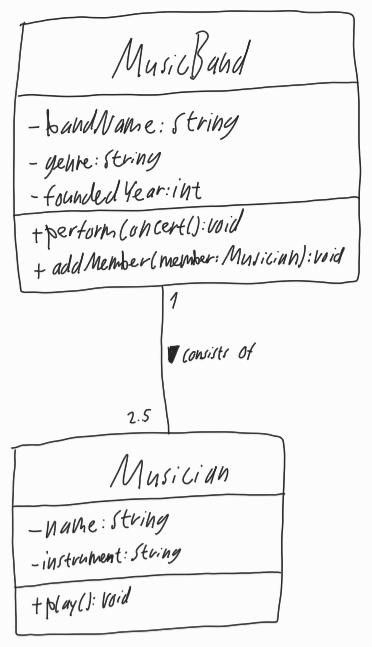
Diagram type: class_diagram
```plantuml
@startuml

class MusicBand {
  - bandName: String
  - genre: String
  - foundedYear: int
  + performConcert(): void
  + addMember(member: Musician): void
}

class Musician {
  - name: String
  - instrument: String
  + play(): void
}

MusicBand "1" -- "2..5" Musician : consists of >

@enduml
```